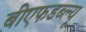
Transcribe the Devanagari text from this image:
बीएफडब्ल्यू